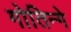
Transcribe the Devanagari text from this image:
गोतिन्गे